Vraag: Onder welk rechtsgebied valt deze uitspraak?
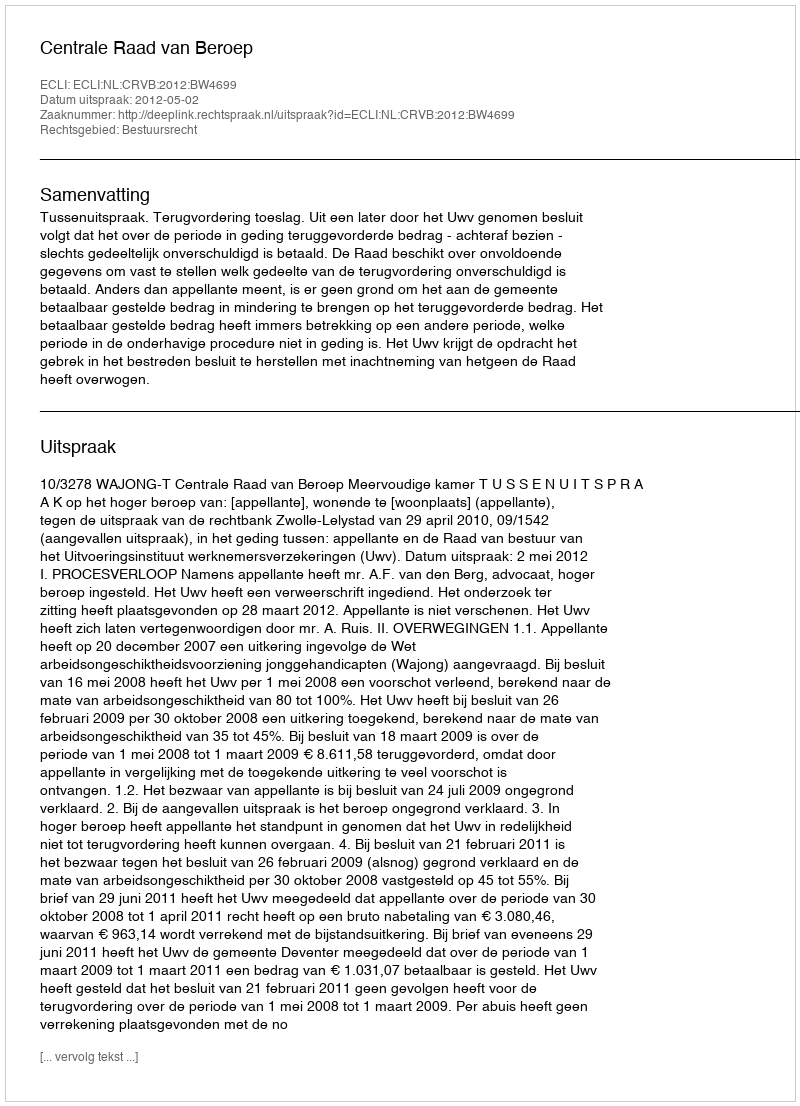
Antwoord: Bestuursrecht